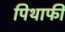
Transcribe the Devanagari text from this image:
पिथाफी